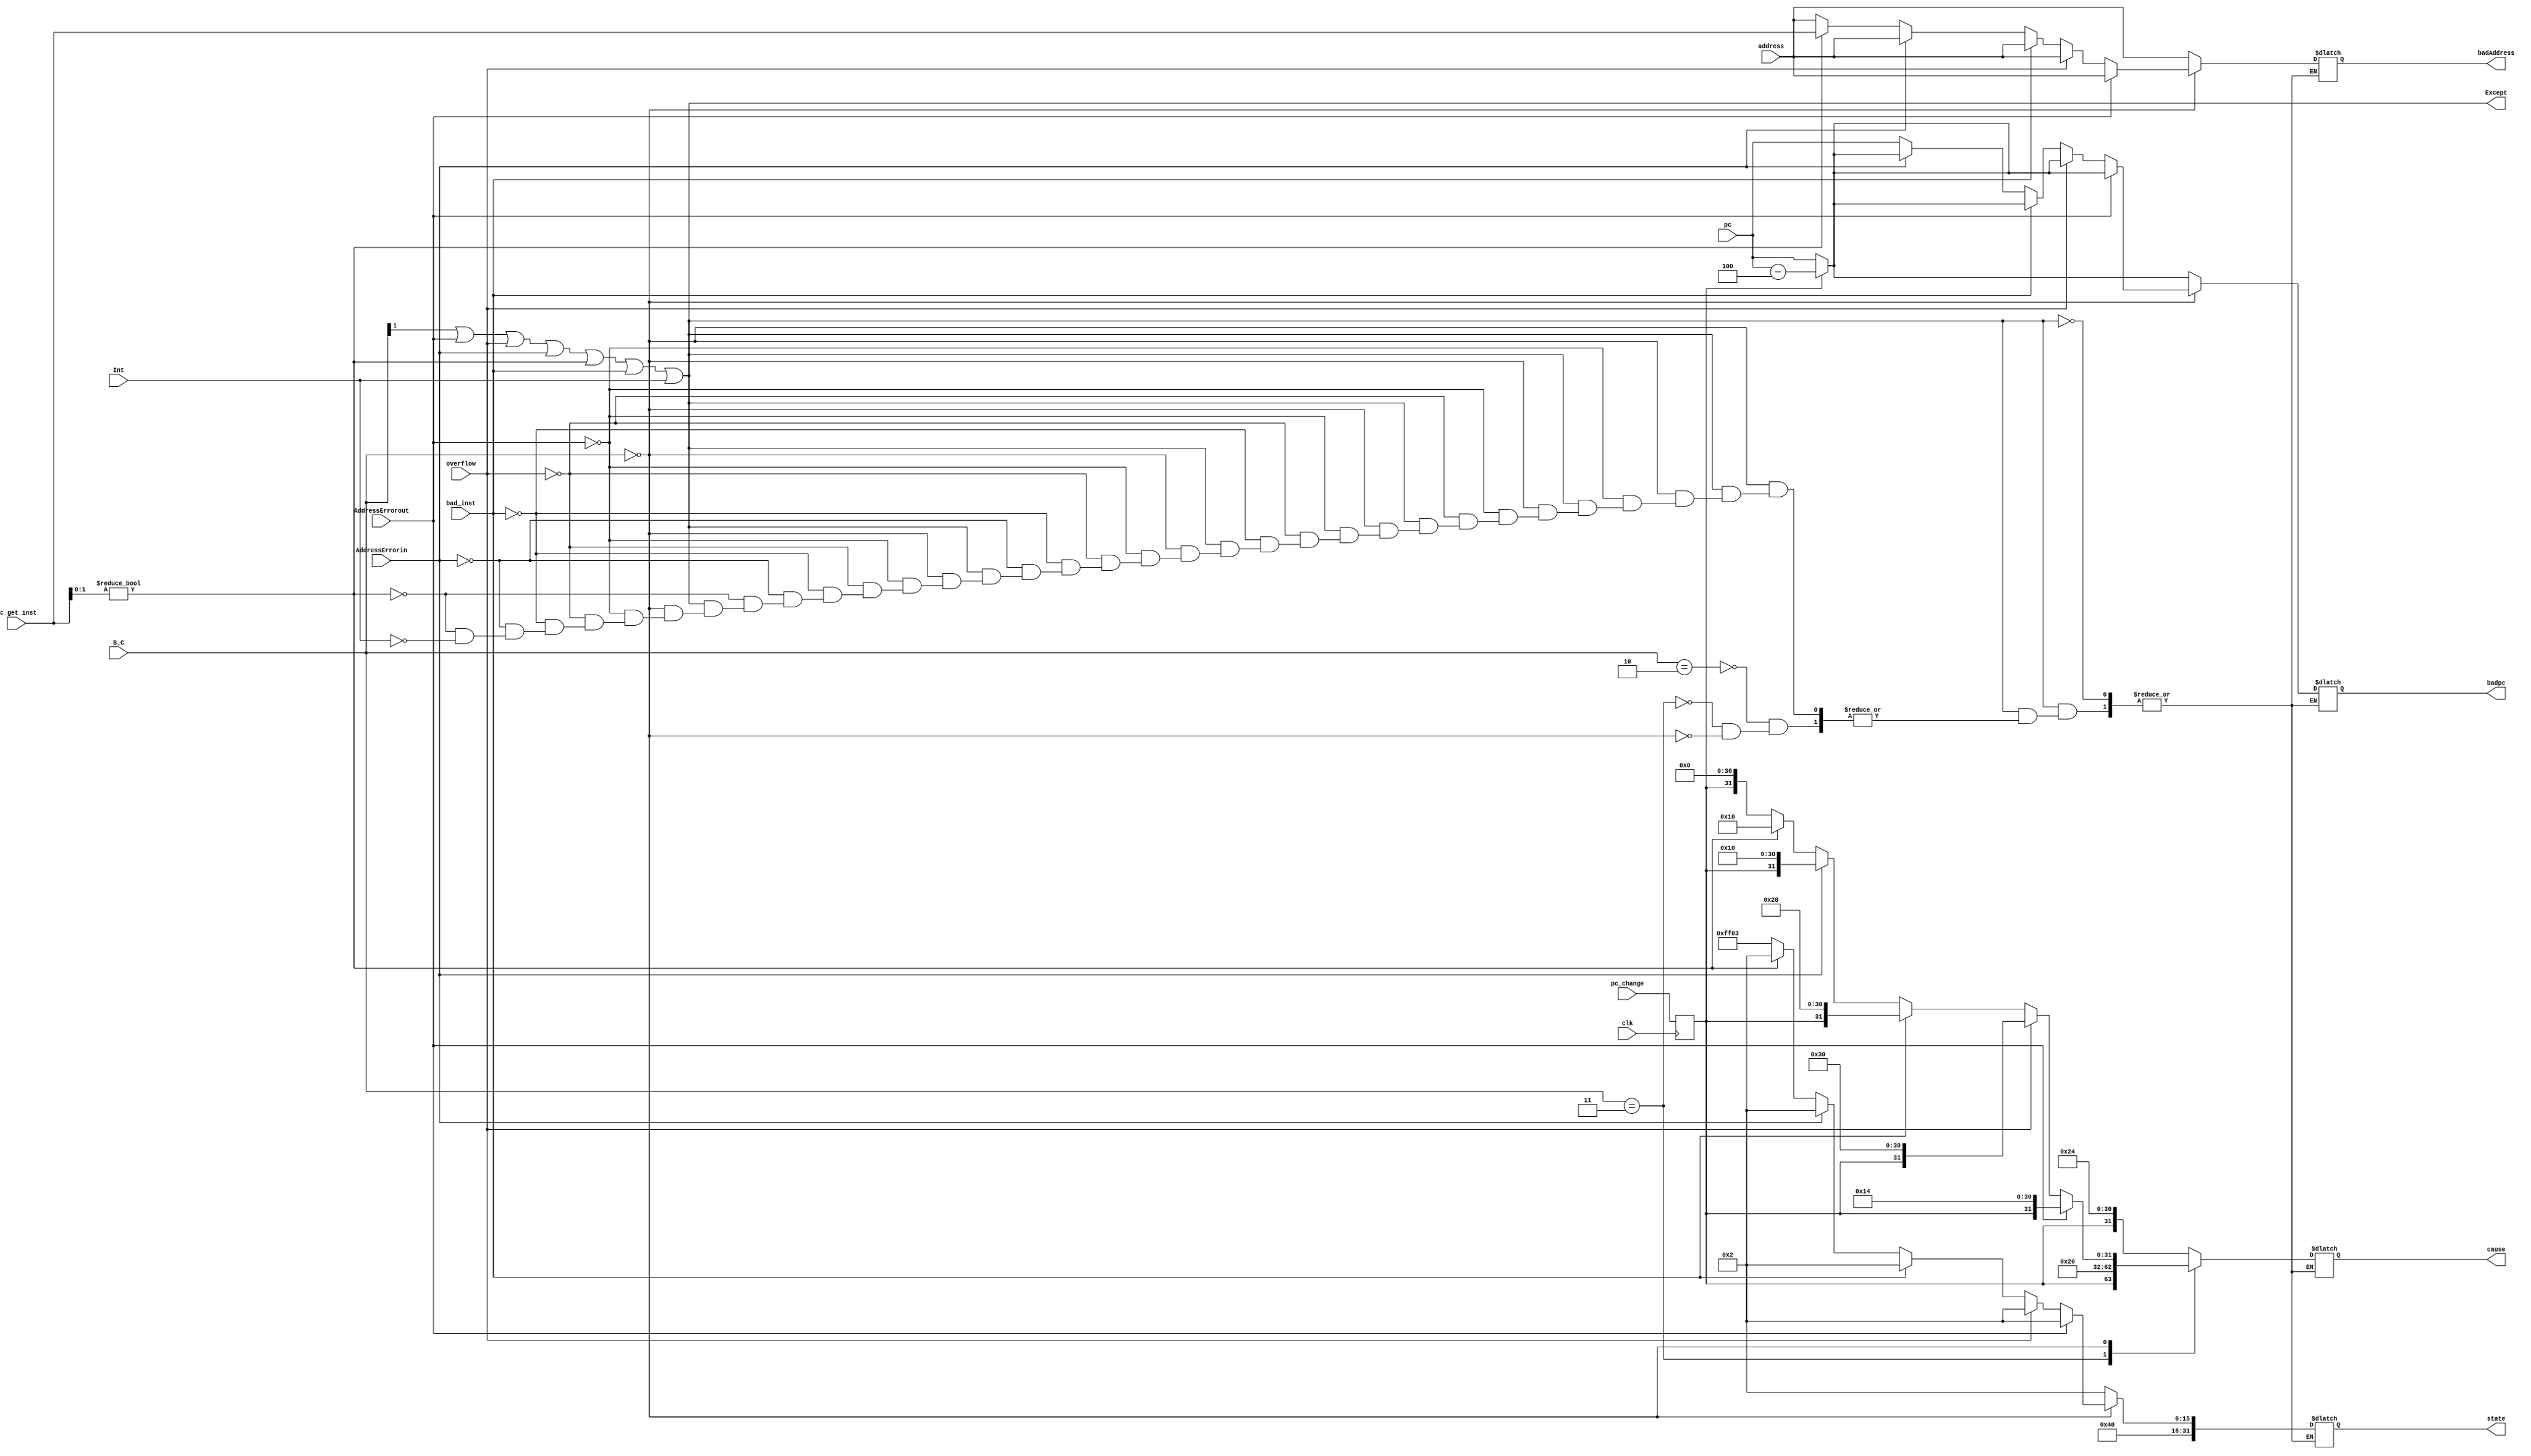
module ExceptionHandler(clk, pc_change,overflow, bad_inst, AddressErrorout,  AddressErrorin, address, pc, Int, pc_get_inst,B_C,Except,badAddress,badpc,cause,state);
input [31:0] pc,address,pc_get_inst;
input overflow,AddressErrorout, AddressErrorin, bad_inst, clk, pc_change, Int;
input [1:0]B_C;
output reg Except;
output reg[31:0] badpc,badAddress,cause,state;


wire pc_error, Int;
assign pc_error  =  pc_get_inst[1:0] != 2'b00;

reg have_branch;



always@(posedge clk)
begin
have_branch <= pc_change;
end

initial begin
  Except = 1'b0;
end


always@(*)
begin
Except = B_C[1] | AddressErrorout |overflow| AddressErrorin|pc_error| bad_inst| Int;

if(Except)
begin
case({B_C})
2'b10:    begin cause   = {have_branch,24'b0 ,5'b01001,2'b00};        state   =   32'h00400002;     badpc =  have_branch ? pc-4: pc;      badAddress = address;                                  end    //  break
2'b11 :    begin  cause  = {have_branch,24'b0 ,5'b01000,2'b00};        state   = 32'h00400002;      badpc = have_branch ? pc-4: pc;       badAddress = address;                                       end   //  syscall
2'b00 :  begin
                if(AddressErrorout)begin   cause   = {have_branch,24'b0 ,5'b00101,2'b00};        state   = 32'h00400002;    badpc =  have_branch ? pc-4: pc;      badAddress = address;  end
                else if(overflow)  begin   cause   = {have_branch,24'b0 ,5'b01100,2'b00};        state   = 32'h00400002;  badpc =  have_branch ? pc-4: pc;      badAddress = address;    end
                else if(bad_inst)  begin   cause   = {have_branch,24'b0 ,5'b01010,2'b00};        state   = 32'h00400002;   badpc =  have_branch ? pc-4: pc;      badAddress = address;   end
                else if(AddressErrorin) begin cause   = {have_branch,24'b0 ,5'b00100,2'b00};        state   = 32'h00400002; badpc =  have_branch ? pc-4: pc;      badAddress = address;   end
                else if(pc_error)begin cause   = {25'b0 ,5'b00100,2'b00};        state   = 32'h00400002;  badpc =  pc;      badAddress = pc_get_inst;   end
                else if(Int)begin cause   = {have_branch,24'b0 ,5'b00000,2'b00};        state   = 32'h0040ff03;  badpc = pc;  badAddress = address; end
                end
endcase
end

end

endmodule